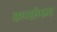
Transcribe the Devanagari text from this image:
कर्णागम